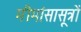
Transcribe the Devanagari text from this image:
मीमांसासूत्रों